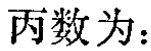
丙数为：